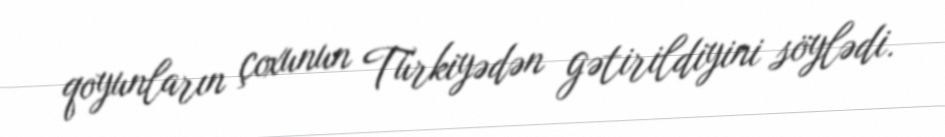
qoyunların çoxunun Türkiyədən gətirildiyini söylədi.